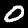
Label: 0